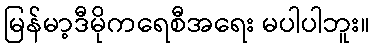
မြန်မာ့ဒီမိုကရေစီအရေး မပါပါဘူး။